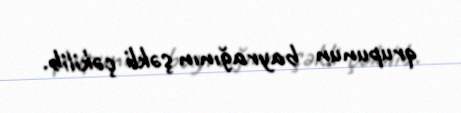
qrupunun bayrağının şəkli çəkilib.